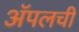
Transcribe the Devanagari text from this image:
अॅपलची